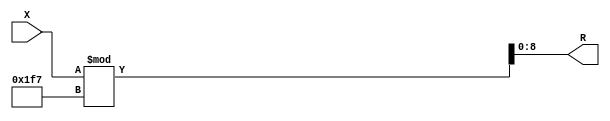
module x_500_mod_503_reg(
    input [500:1] X,
    output [9:1] R
    );


assign R = X % 503;

endmodule